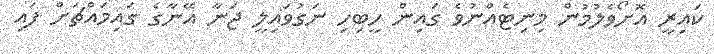
ކައިރީ އޮށޯވެލުމުން މިނިޓެއްނުވެ ގައިން ހީބިހި ނަގުވައިލީ ޖަނާ އޭނާގެ ގައިމައްޗަށް ފައި